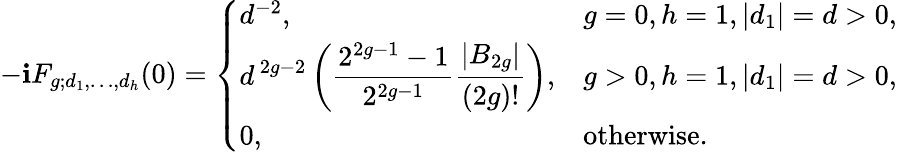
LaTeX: -\mathbf{i}F_{g;d_{1},\ldots,d_{h}}(0)=\left\{ \begin{array}{ll}{{{d^{-2}},}}&{{g=0,h=1,|d_{1}|=d>0,}}\\ {{\displaystyle d^{\, 2g-2}\left({\frac{2^{2g-1}-1}{2^{2g-1}}}{\frac{|B_{2g}|}{(2g)!}}\right),}}&{{g>0,h=1,|d_{1}|=d>0,}}\\ {{0,}}&{{\mathrm{otherwise}.}}\end{array}\right.